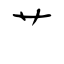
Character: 艹